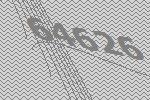
64626